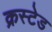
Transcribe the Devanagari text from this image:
क्रस्टेड